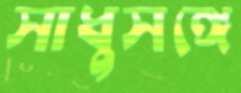
সাধুসঙ্গে